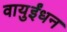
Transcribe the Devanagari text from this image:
वायुईंधन